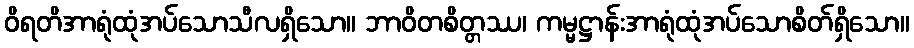
ဝိရတိအာရုံထုံအပ်သောသီလရှိသော။ ဘာဝိတစိတ္တဿ၊ ကမ္မဋ္ဌာန်းအာရုံထုံအပ်သောစိတ်ရှိသော။